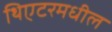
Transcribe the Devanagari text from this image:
थिएटरमधील